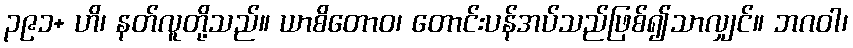
၃၉၁+ ဟိ၊ နတ်လူတို့သည်။ ယာစိတောဝ၊ တောင်းပန်အပ်သည်ဖြစ်၍သာလျှင်။ ဘဂဝါ၊